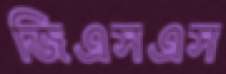
জিএসএস